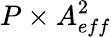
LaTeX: P\times A_{eff}^{2}